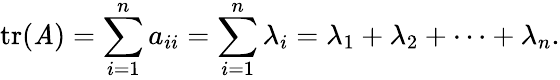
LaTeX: \operatorname{tr}(\mathit{A})=\sum_{i=1}^{n}a_{ii}=\sum_{i=1}^{n}\lambda_{i}=\lambda_{1}+\lambda_{2}+\cdots+\lambda_{n}.